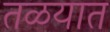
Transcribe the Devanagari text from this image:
तळयात